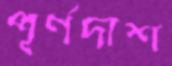
পূর্ণদাশ